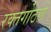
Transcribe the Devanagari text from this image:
रक्तगोठणे